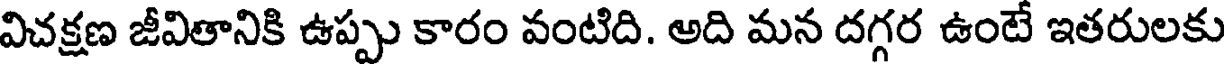
విచక్షణ జీవితానికి ఉప్పు కారం వంటిది. అది మన దగ్గర ఉంటే ఇతరులకు